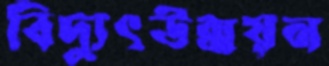
বিদ্যুৎউন্নয়ন